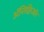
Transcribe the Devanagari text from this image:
ॲन्तिक्विऑर